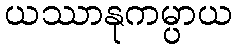
ယဿာနုကမ္ပာယ